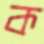
ক